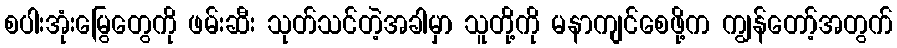
စပါးအုံးမြွေတွေကို ဖမ်းဆီး သုတ်သင်တဲ့အခါမှာ သူတို့ကို မနာကျင်စေဖို့က ကျွန်တော့်အတွက်